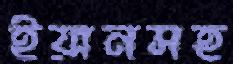
ইয়ানসহ